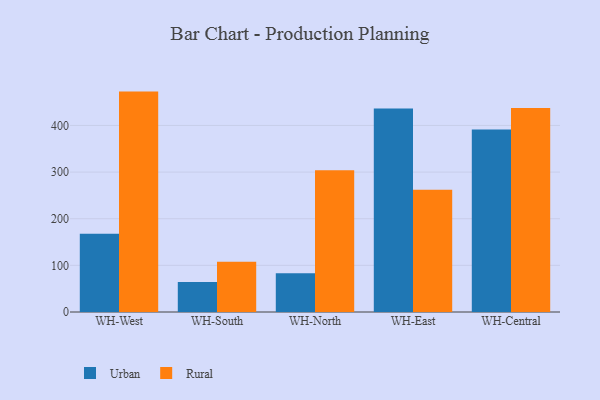
{"axis": {"x": "Warehouse", "y": "Customer Acquisition Cost (USD)"}, "legend": ["Rural", "Urban"], "data": [{"x": "WH-West", "y": 168.0, "type": "Urban"}, {"x": "WH-West", "y": 472.6, "type": "Rural"}, {"x": "WH-South", "y": 64.4, "type": "Urban"}, {"x": "WH-South", "y": 107.6, "type": "Rural"}, {"x": "WH-North", "y": 83.1, "type": "Urban"}, {"x": "WH-North", "y": 303.8, "type": "Rural"}, {"x": "WH-East", "y": 436.5, "type": "Urban"}, {"x": "WH-East", "y": 262.4, "type": "Rural"}, {"x": "WH-Central", "y": 391.4, "type": "Urban"}, {"x": "WH-Central", "y": 437.6, "type": "Rural"}]}